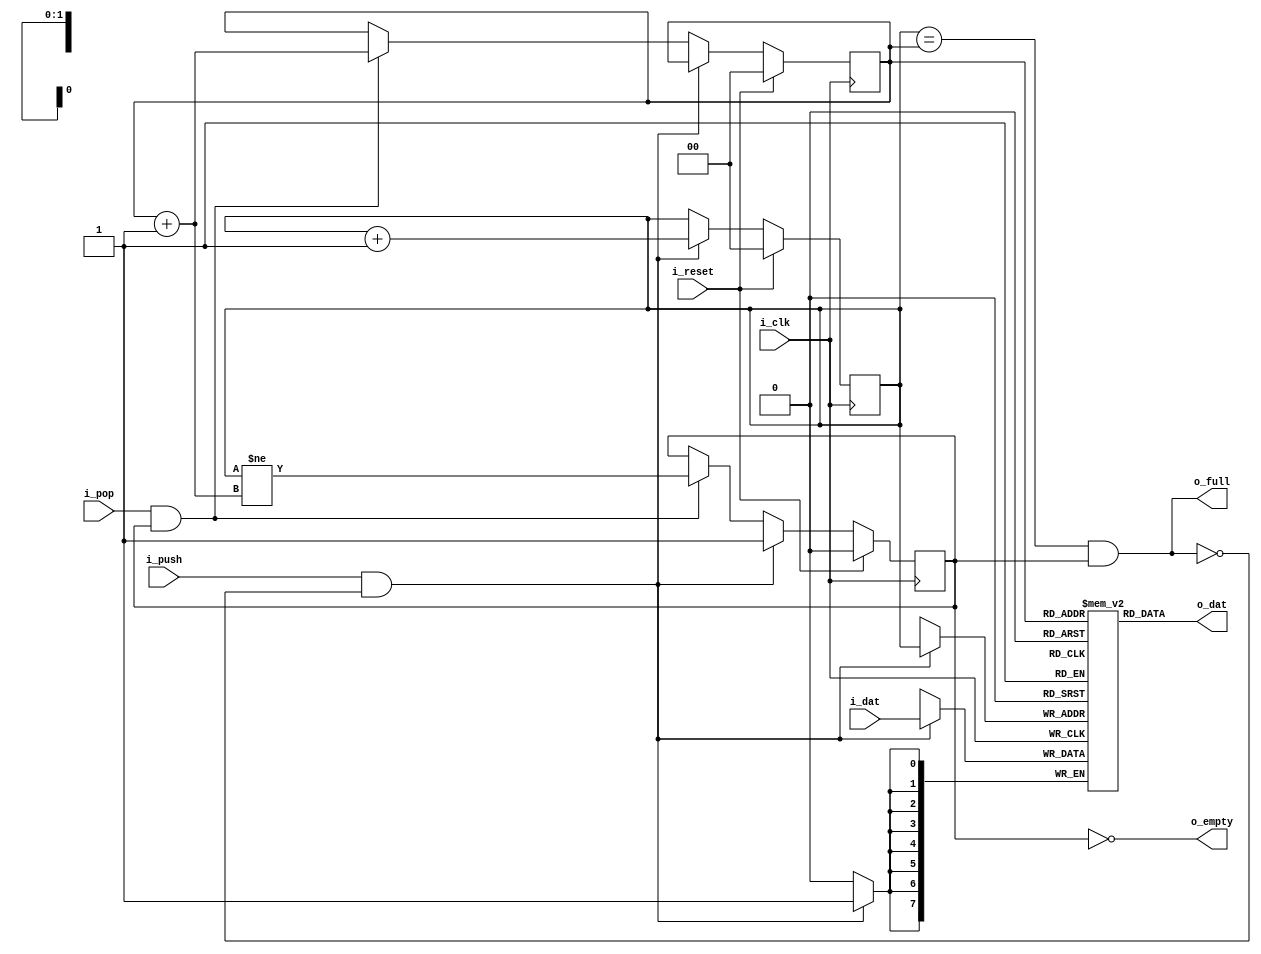
// 4 bytes FIFO

module fifo(
    input i_clk,
    input i_reset,
    input  [7:0] i_dat,
    output [7:0] o_dat,
    input i_push,
    input i_pop,
    output o_empty,
    output o_full
);

parameter DEPTH = 2;

reg [7:0] buffer[2**DEPTH-1:0];
reg [DEPTH-1:0] rd_idx;
reg [DEPTH-1:0] wr_idx;
reg empty_n;

assign o_empty = ~empty_n;
assign o_full = ( wr_idx == rd_idx ) && ~o_empty;
assign o_dat[7:0] = buffer[rd_idx][7:0];

wire [DEPTH-1:0] rd_idx_next = rd_idx + 'd1;
wire [DEPTH-1:0] wr_idx_next = wr_idx + 'd1;

always @(posedge i_clk) begin
    if( i_push && ~o_full ) begin
        wr_idx <= wr_idx_next;
        buffer[wr_idx] <= i_dat[7:0];
        empty_n <= 1'b1;
    end else if( i_pop && ~o_empty ) begin
        rd_idx <= rd_idx_next;
        empty_n <= (wr_idx != rd_idx_next);
    end
    if( i_reset ) begin
        rd_idx <= 'd0;
        wr_idx <= 'd0;
        empty_n <= 1'b0;
    end
end

endmodule